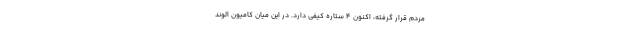
مردم قرار گرفته، اكنون ۴ ستاره كيفي دارد. در اين ميان كاميون الوند